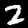
Digit: 2